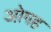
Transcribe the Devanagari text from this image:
ओगह